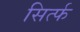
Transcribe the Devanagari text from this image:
सिर्त्फ